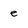
Character: e